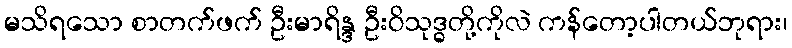
မသိရသော စာတက်ဖက် ဦးမာရိန္ဒ ဦးဝိသုဒ္ဓတို့ကိုလဲ ကန်တော့ပါတယ်ဘုရား၊